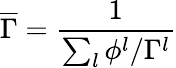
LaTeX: \overline{{\Gamma}}=\frac{1}{\sum_{l}\phi^{l}/\Gamma^{l}}